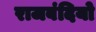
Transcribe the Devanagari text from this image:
राजबंदियो